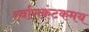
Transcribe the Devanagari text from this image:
र्स्वागकंटकमय